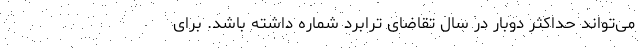
می‌تواند حداکثر دوبار در سال تقاضای ترابرد شماره داشته باشد. برای